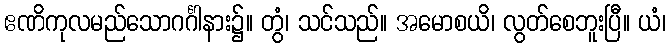
ဧဏိကုလမည်သောဂင်္ဂါနား၌။ တွံ၊ သင်သည်။ အမောစယိ၊ လွတ်စေဘူးပြီ။ ယံ၊